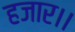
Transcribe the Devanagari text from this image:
हजार।।